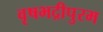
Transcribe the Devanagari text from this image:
वृषभद्रीपुरम